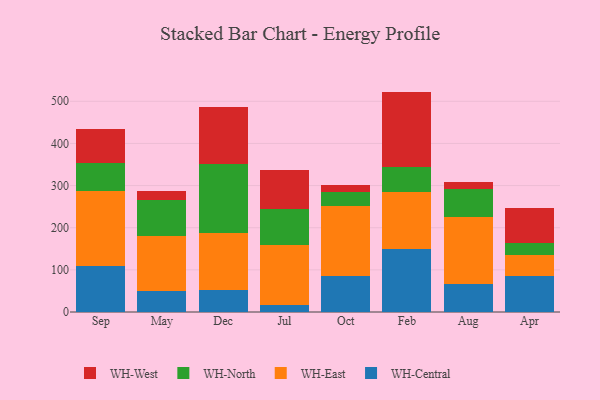
{"axis": {"x": "Month", "y": "Temperature (°C)"}, "legend": ["WH-Central", "WH-East", "WH-North", "WH-West"], "data": [{"x": "Sep", "y": 108.3, "type": "WH-Central"}, {"x": "Sep", "y": 178.6, "type": "WH-East"}, {"x": "Sep", "y": 67.0, "type": "WH-North"}, {"x": "Sep", "y": 80.4, "type": "WH-West"}, {"x": "May", "y": 50.3, "type": "WH-Central"}, {"x": "May", "y": 130.6, "type": "WH-East"}, {"x": "May", "y": 85.1, "type": "WH-North"}, {"x": "May", "y": 20.1, "type": "WH-West"}, {"x": "Dec", "y": 53.4, "type": "WH-Central"}, {"x": "Dec", "y": 134.8, "type": "WH-East"}, {"x": "Dec", "y": 162.2, "type": "WH-North"}, {"x": "Dec", "y": 135.1, "type": "WH-West"}, {"x": "Jul", "y": 16.7, "type": "WH-Central"}, {"x": "Jul", "y": 143.4, "type": "WH-East"}, {"x": "Jul", "y": 85.2, "type": "WH-North"}, {"x": "Jul", "y": 91.6, "type": "WH-West"}, {"x": "Oct", "y": 84.9, "type": "WH-Central"}, {"x": "Oct", "y": 166.4, "type": "WH-East"}, {"x": "Oct", "y": 33.9, "type": "WH-North"}, {"x": "Oct", "y": 16.1, "type": "WH-West"}, {"x": "Feb", "y": 150.2, "type": "WH-Central"}, {"x": "Feb", "y": 135.5, "type": "WH-East"}, {"x": "Feb", "y": 59.2, "type": "WH-North"}, {"x": "Feb", "y": 178.1, "type": "WH-West"}, {"x": "Aug", "y": 65.6, "type": "WH-Central"}, {"x": "Aug", "y": 160.3, "type": "WH-East"}, {"x": "Aug", "y": 65.2, "type": "WH-North"}, {"x": "Aug", "y": 18.5, "type": "WH-West"}, {"x": "Apr", "y": 84.5, "type": "WH-Central"}, {"x": "Apr", "y": 49.9, "type": "WH-East"}, {"x": "Apr", "y": 29.8, "type": "WH-North"}, {"x": "Apr", "y": 82.1, "type": "WH-West"}]}